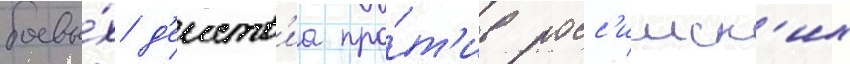
боевы́х д'еиств'иа про́т'ив росс'ииск'их